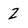
Character: 2